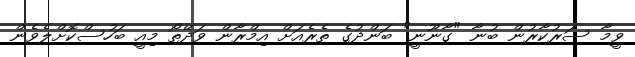
ވީމާ ސަރުކާރުން ބުނާ "ގާނޫނީ" ބަންދުގެ ތެރެއަށް އިމްރާން ވަދޭތޯ މިއީ ބަހުސްކޮށްލެވެން